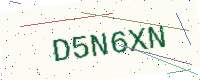
Text: D5N6XN